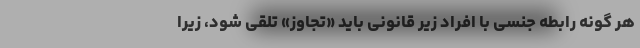
هر گونه رابطه جنسی با افراد زیر قانونی باید «تجاوز» تلقی شود، زیرا